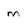
Character: m